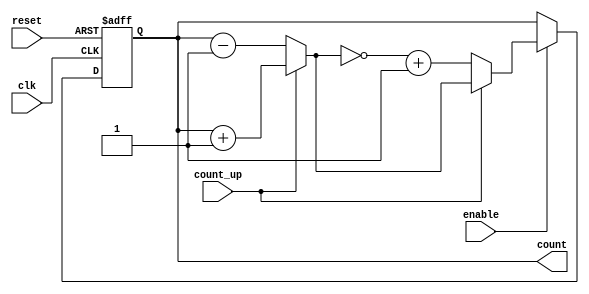
module ChainedParallelCounter #(
    parameter N = 4  // Number of bits in the counter
)(
    input wire clk,          // Clock signal
    input wire reset,        // Synchronous reset
    input wire enable,       // Enable signal to allow counting
    input wire count_up,     // Count up control signal
    output reg [N-1:0] count // Output count value
);

// Internal signals for chained configuration
reg [N-1:0] next_count;

// Chained Counter Logic
always @(posedge clk or posedge reset) begin
    if (reset)
        count <= 0; // Reset the counter to 0
    else if (enable) begin
        if (count_up)
            count <= next_count; // Update the count value for counting up
        else
            count <= ~next_count + 1; // Update the count for counting down
    end
end

// Combinational logic to determine the next state
always @(*) begin
    if (count_up) begin
        // Counting Up
        next_count = count + 1;
    end else begin
        // Counting Down
        next_count = count - 1;
    end
end

endmodule